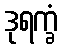
ဒုရက္ခံ